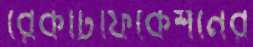
রেকটিফিকেশনের